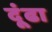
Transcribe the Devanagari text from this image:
दूंढा